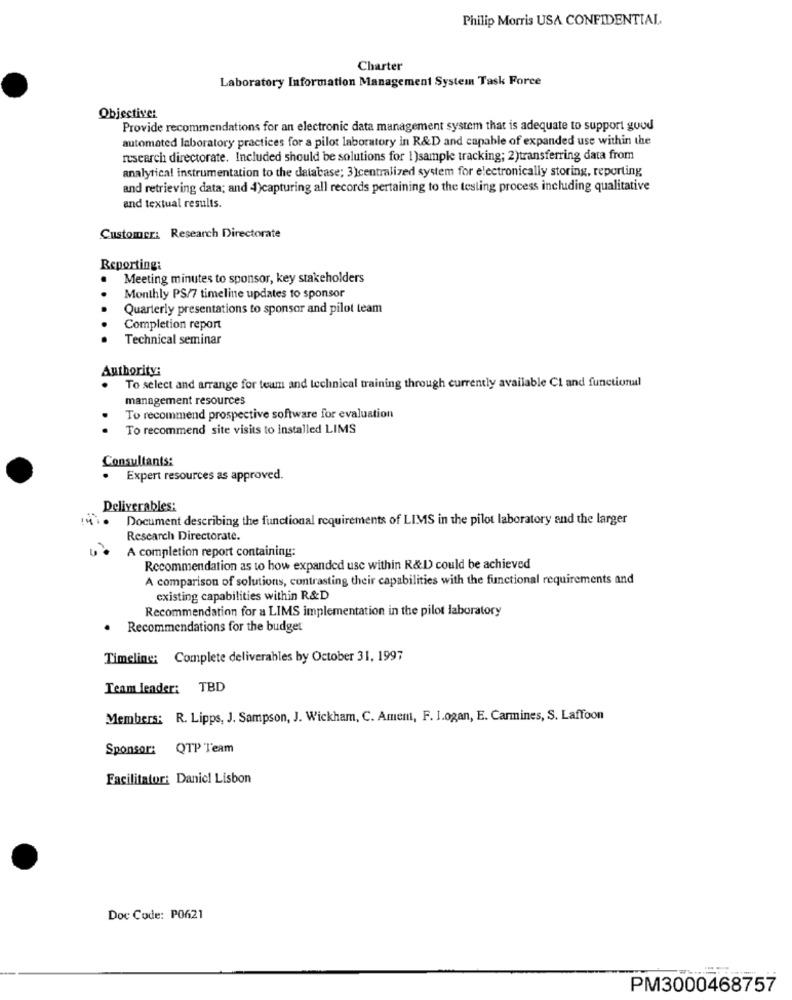
Philip Morris USA CONFIDENTIAL
Charter
Laboratory Information Management System Task Force
Objective:
Provide recommendations for an electronic data management system that is adequate to support guud
automated laboratory practices for a pilot laboratory in R&D and capable of expanded use within the
research directorate. Included should be solutions for 1)sample tracking; 2)transferring data from
analytical instrumentation to the database; 3)centralized system for electronically storing, reporting
and retrieving data; and 4)capturing all records pertaining to the testing process including qualitative
and textual results.
Customer: Research Directorate
Reporting:
Meeting minutes to sponsor, key stakeholders
Monthly PS/7 timeline updates to sponsor
Quarterly presentations to sponsor and pilot team
Completion report
Technical seminar
Authority:
To select and arrange for team and technical training through currently available Cl and functional
management resources
To recommend prospective software for evaluation
To recommend site visits to installed LIMS
Consultants:
Expert resources as approved.
Deliverables:
Document describing the functional requirements of LIMS in the pilot laboratory and the larger
Research Directorate.
A completion report containing:
Recommendation as to how expanded use within R&D could be achieved
A comparison of solutions, contrasting their capabilities with the functional requirements and
existing capabilities within R&D
Recommendation for a LIMS implementation in the pilot laboratory
Recommendations for the budget
Timeling: Complete deliverables by October 31, 1997
Team leader: TBD
Members: R. Lipps, J. Sampson, J. Wickham, C. Ament, F. I.ogan, E. Carmines, S. Laffoon
Sponsor: QTP Team
Facilitator: Danicl Lisbon
Doc Code: PO621
PM3000468757